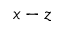
x - z